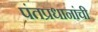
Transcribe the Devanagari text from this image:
पंतप्रधानांची